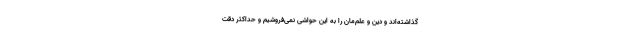
گذاشته‌اند و دین و علم‌مان را به این حواشی نمی‌فروشیم و حداکثر دقت